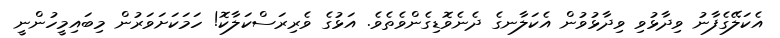
އެކަލޭގެފާނު ވިދާޅުވި ވިދާޅުވުން އެކަލާނގެ ދެނެވޮޑިގެންވެތެވެ. އަޅުގެ ވެރިރަސްކަލާކޮ! ހަމަކަށަވަރުން މިބައިމީހުންނީ